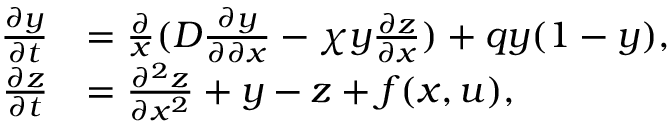
\begin{array} { r l } { \frac { \partial y } { \partial t } } & { = \frac { \partial } { x } ( D \frac { \partial y } { \partial \partial x } - \chi y \frac { \partial z } { \partial x } ) + q y ( 1 - y ) , } \\ { \frac { \partial z } { \partial t } } & { = \frac { \partial ^ { 2 } z } { \partial x ^ { 2 } } + y - z + f ( x , u ) , } \end{array}